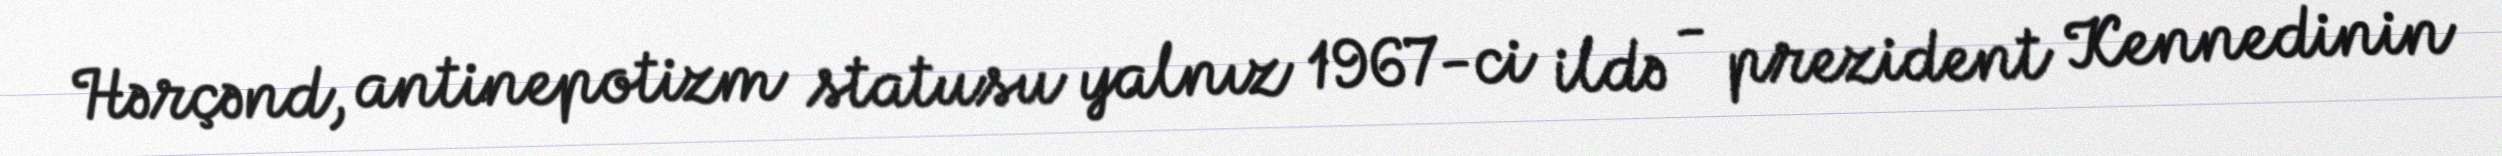
Hərçənd, antinepotizm statusu yalnız 1967-ci ildə - prezident Kennedinin